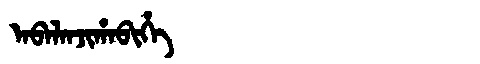
Manchu: ᠠᠪᠠᠯᠠᠨᠵᡳᡥᠠᠪᡳᡥᡝ
Romanization: ABALANJIHABIHE